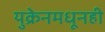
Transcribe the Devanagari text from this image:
युक्रेनमधूनही